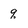
Character: q